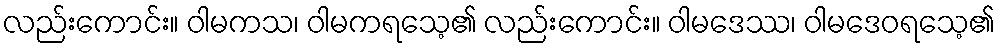
လည်းကောင်း။ ဝါမကသ၊ ဝါမကရသေ့၏ လည်းကောင်း။ ဝါမဒေဿ၊ ဝါမဒေဝရသေ့၏